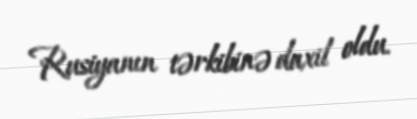
Rusiyanın tərkibinə daxil oldu.